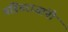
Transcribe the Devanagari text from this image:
पंडितराजांनी